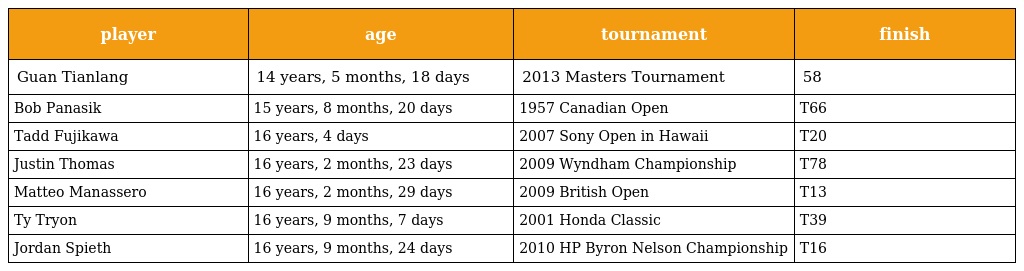
| player | age | tournament | finish |
 | --- | --- | --- | --- |
 | Guan Tianlang | 14 years, 5 months, 18 days | 2013 Masters Tournament | 58 |
 | Bob Panasik | 15 years, 8 months, 20 days | 1957 Canadian Open | T66 |
 | Tadd Fujikawa | 16 years, 4 days | 2007 Sony Open in Hawaii | T20 |
 | Justin Thomas | 16 years, 2 months, 23 days | 2009 Wyndham Championship | T78 |
 | Matteo Manassero | 16 years, 2 months, 29 days | 2009 British Open | T13 |
 | Ty Tryon | 16 years, 9 months, 7 days | 2001 Honda Classic | T39 |
 | Jordan Spieth | 16 years, 9 months, 24 days | 2010 HP Byron Nelson Championship | T16 |